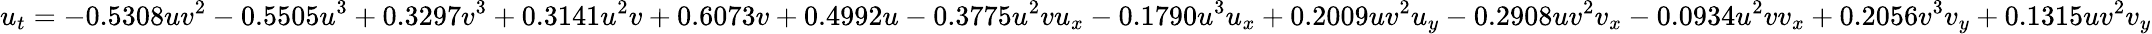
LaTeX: u_{t}=-0.5308uv^{2}-0.5505u^{3}+0.3297v^{3}+0.3141u^{2}v+0.6073v+0.4992u-0.3775u^{2}vu_{x}-0.1790u^{3}u_{x}+0.2009uv^{2}u_{y}-0.2908uv^{2}v_{x}-0.0934u^{2}vv_{x}+0.2056v^{3}v_{y}+0.1315uv^{2}v_{y}